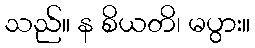
သည်။ န စိယတိ၊ မပွား။